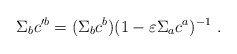
\begin{align*}\Sigma_b c'^{b} = (\Sigma_{b} c^{b}) (1-\varepsilon \Sigma_{a}c^{a})^{-1}~.\end{align*}